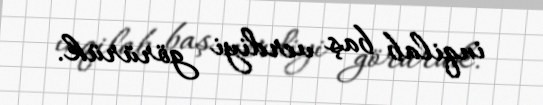
inqilab baş verdiyi görürük.